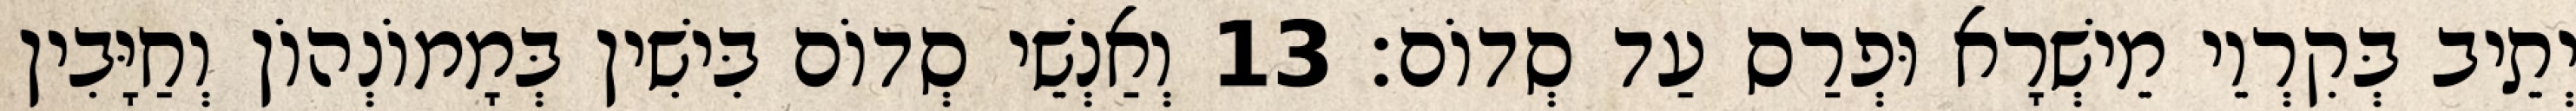
יְתֵיב בְּקִרְוֵי מֵישְׁרָא וּפְרַס עַד סְדוֹם׃ 13 וְאַנְשֵׁי סְדוֹם בִּישִׁין בְּמָמוֹנְהוֹן וְחַיָּבִין